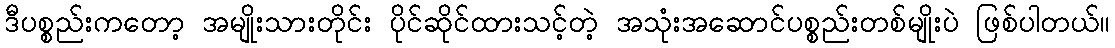
ဒီပစ္စည်းကတော့ အမျိုးသားတိုင်း ပိုင်ဆိုင်ထားသင့်တဲ့ အသုံးအဆောင်ပစ္စည်းတစ်မျိုးပဲ ဖြစ်ပါတယ်။